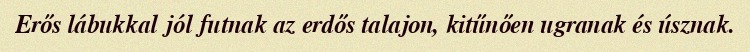
Erős lábukkal jól futnak az erdős talajon, kitűnően ugranak és úsznak.